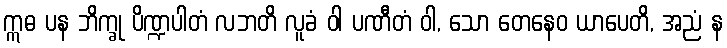
ဣဓ ပန ဘိက္ခု ပိဏ္ဍပါတံ လဘတိ လူခံ ဝါ ပဏီတံ ဝါ, သော တေနေဝ ယာပေတိ, အညံ န